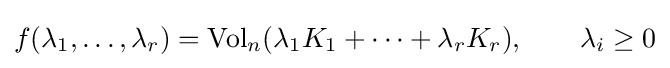
f(\lambda _{1},\ldots ,\lambda _{r})=\mathrm {Vol} _{n}(\lambda _{1}K_{1}+\cdots +\lambda _{r}K_{r}),\qquad \lambda _{i}\geq 0